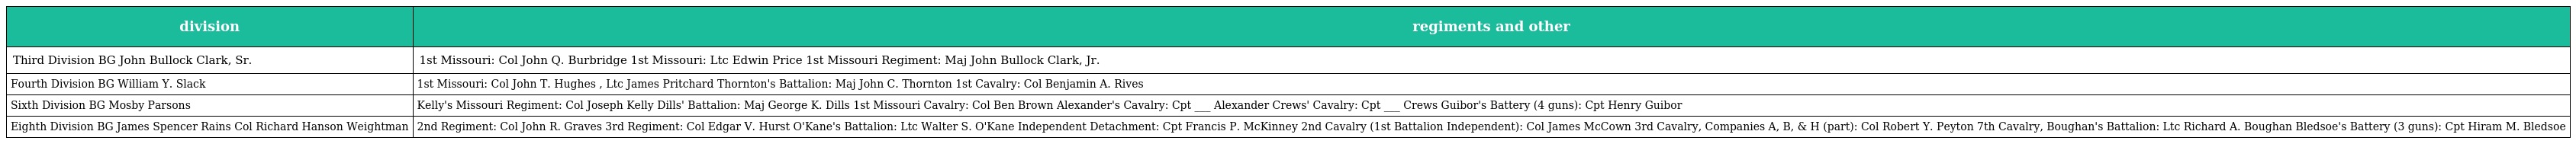
| division | regiments and other |
 | --- | --- |
 | Third Division BG John Bullock Clark, Sr. | 1st Missouri: Col John Q. Burbridge 1st Missouri: Ltc Edwin Price 1st Missouri Regiment: Maj John Bullock Clark, Jr. |
 | Fourth Division BG William Y. Slack | 1st Missouri: Col John T. Hughes , Ltc James Pritchard Thornton's Battalion: Maj John C. Thornton 1st Cavalry: Col Benjamin A. Rives |
 | Sixth Division BG Mosby Parsons | Kelly's Missouri Regiment: Col Joseph Kelly Dills' Battalion: Maj George K. Dills 1st Missouri Cavalry: Col Ben Brown Alexander's Cavalry: Cpt ___ Alexander Crews' Cavalry: Cpt ___ Crews Guibor's Battery (4 guns): Cpt Henry Guibor |
 | Eighth Division BG James Spencer Rains Col Richard Hanson Weightman | 2nd Regiment: Col John R. Graves 3rd Regiment: Col Edgar V. Hurst O'Kane's Battalion: Ltc Walter S. O'Kane Independent Detachment: Cpt Francis P. McKinney 2nd Cavalry (1st Battalion Independent): Col James McCown 3rd Cavalry, Companies A, B, & H (part): Col Robert Y. Peyton 7th Cavalry, Boughan's Battalion: Ltc Richard A. Boughan Bledsoe's Battery (3 guns): Cpt Hiram M. Bledsoe |